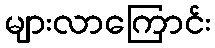
များလာကြောင်း